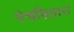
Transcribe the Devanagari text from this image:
पंचसितारा